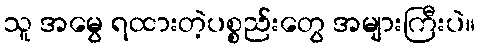
သူ အမွေ ရထားတဲ့ပစ္စည်းတွေ အများကြီးပဲ။